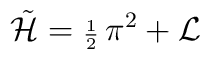
{\tilde{{\cal H}}}={\scriptstyle\frac{1}{2}}\,\pi ^{2}+{\cal L}